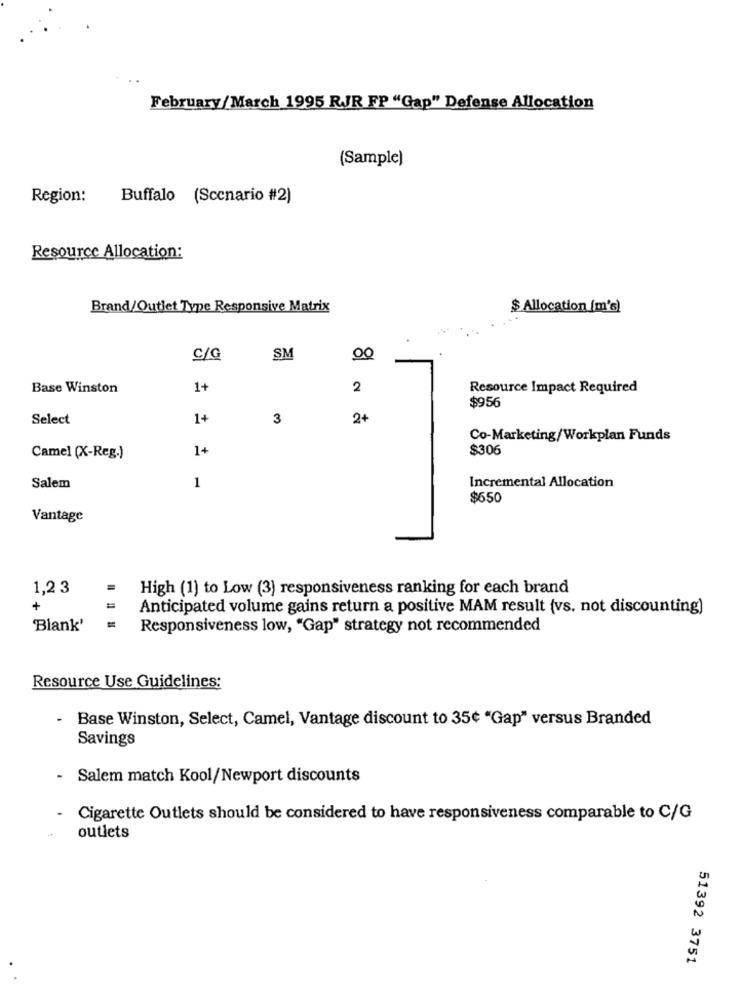
February/ March 1995 RJR FP "Gap" Defense Allocation
(Sample)
Region:
Buffalo (Scenario #2)
Resource Allocation:
Brand/Outlet Type Responsive Matrix
$ Allocation (m's)
C/G
SM
Base Winston
1+
2
Resource Impact Required
$956
Select
1+
3
2+
Co-Marketing/Workplan Funds
1+
$306
Camel (X-Reg.)
Salem
1
Incremental Allocation
$650
Vantage
1,2 3
High (1) to Low (3) responsiveness ranking for each brand
+
Anticipated volume gains return a positive MAM result (vs. not discounting)
'Blank'
Responsiveness low, "Gap" strategy not recommended
Resource Use Guidelines:
- Base Winston, Select, Camel, Vantage discount to 35¢ "Gap" versus Branded
Savings
Salem match Kool/Newport discounts
Cigarette Outlets should be considered to have responsiveness comparable to C/G
outlets
51392 3751